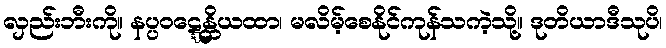
လှည်းဘီးကို။ နပ္ပဝဋ္ဋေန္တိယထာ၊ မလိမ့်စေနိုင်ကုန်သကဲ့သို့။ ဒုတိယာဒီသုပိ၊